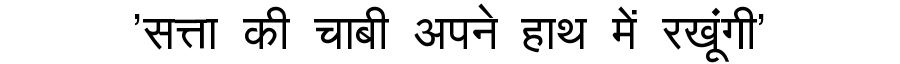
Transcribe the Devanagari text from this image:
'सत्ता की चाबी अपने हाथ में रखूंगी'